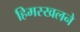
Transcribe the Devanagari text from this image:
हिमस्खलने